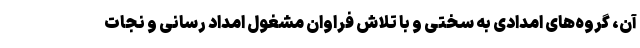
آن، گروه‌های امدادی به سختی و با تلاش فراوان مشغول امداد رسانی و نجات